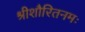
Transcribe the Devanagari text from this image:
श्रीशौरितनमः